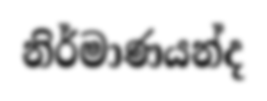
නිර්මාණයන්ද